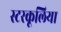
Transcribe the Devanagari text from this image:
स्टरकूलिया